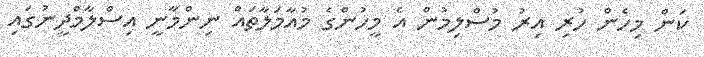
ކަން މިހެން ހުރި އިރު މުސްލިމުން އެ މީހުންގެ މުއާމަލާތައް ނިންމާނީ އިސްލާމްދީނުގައި